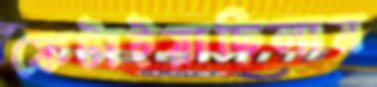
ফেটাইয়াছিলাম